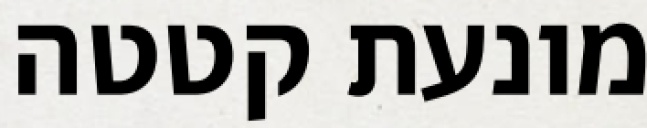
מונעת קטטה